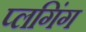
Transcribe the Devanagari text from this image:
प्लगिंग